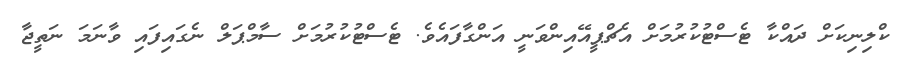
ކްލިނިކަށް ދައްކާ ޓެސްޓުކުރުމަށް އެޗްޕީއޭއިންވަނީ އަންގާފައެވެ. ޓެސްޓުކުރުމަށް ސާމްޕަލް ނެގައިފައި ވާނަމަ ނަތީޖާ